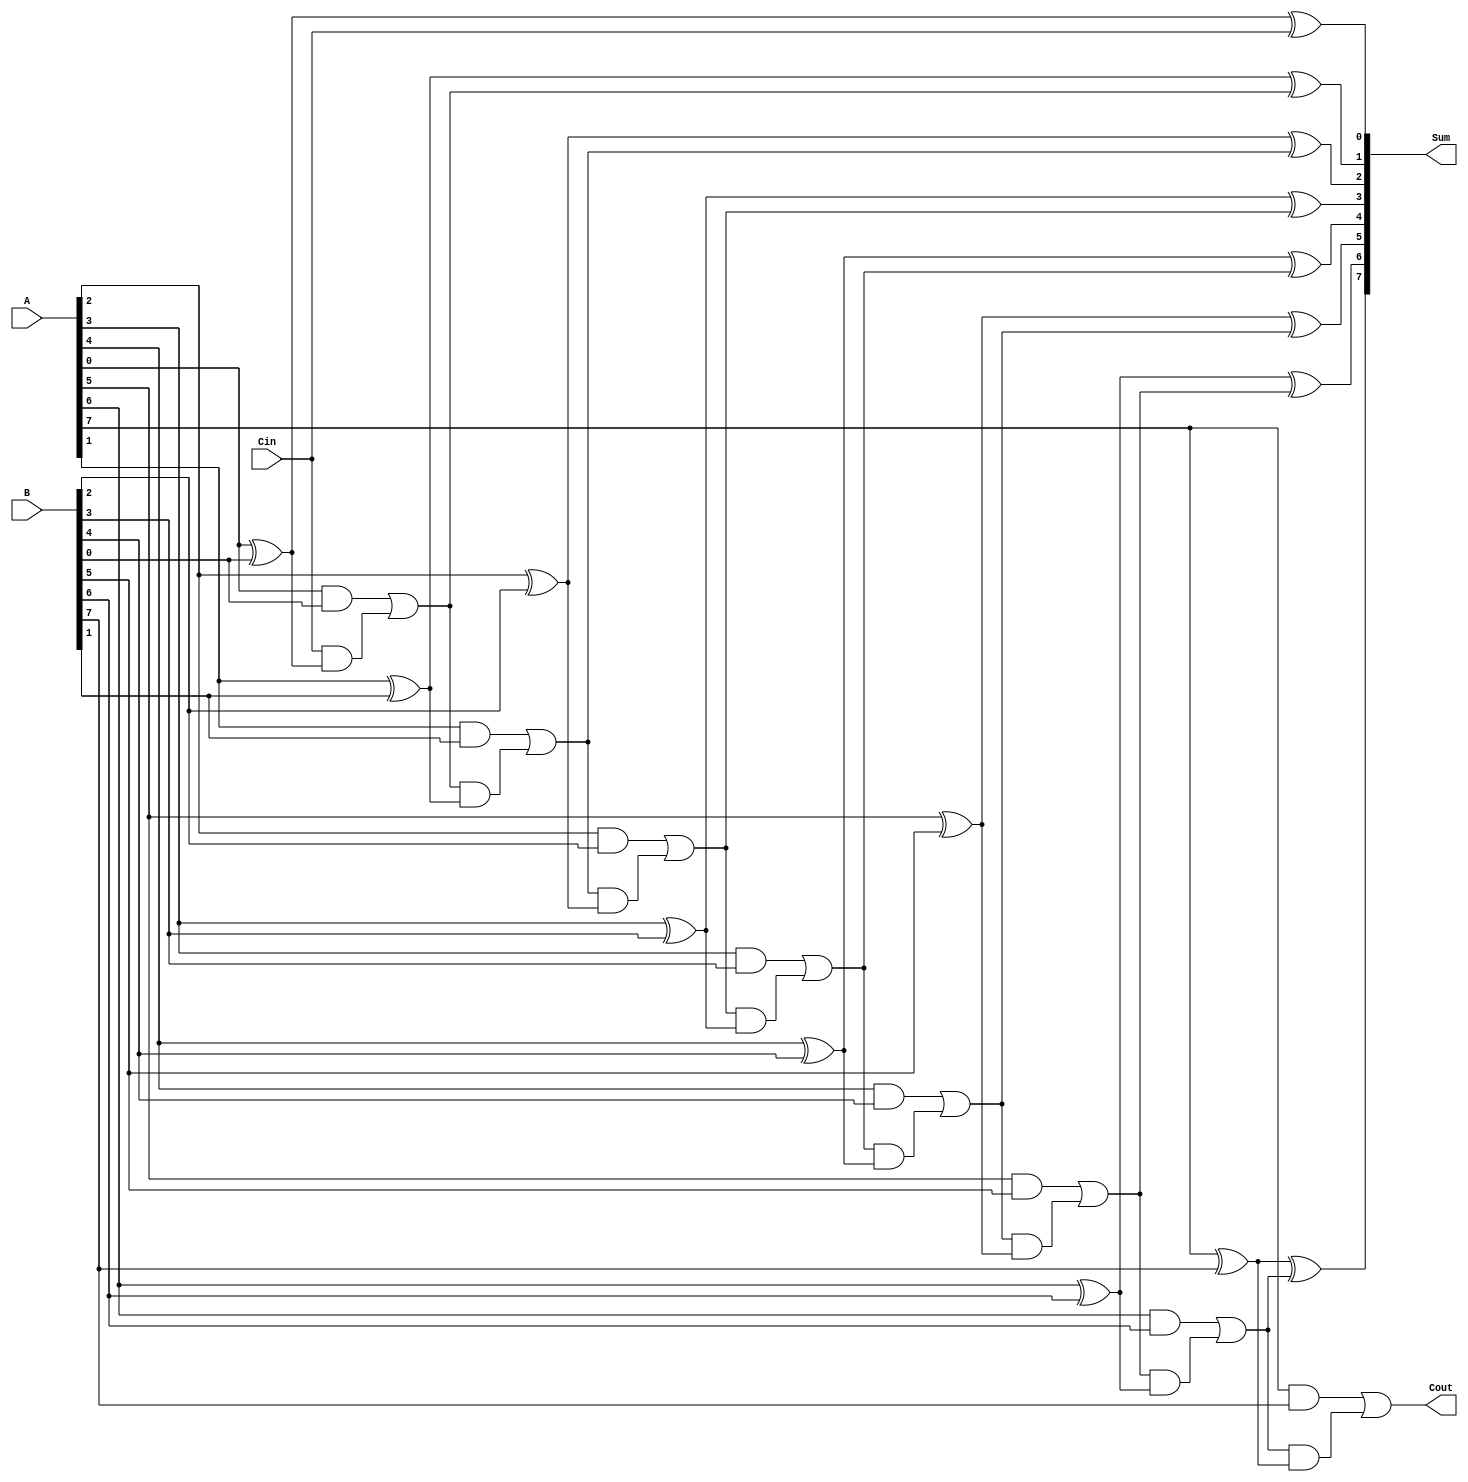
module ParallelFullAdder #(parameter N = 8) (
    input  wire [N-1:0] A,      // First operand
    input  wire [N-1:0] B,      // Second operand
    input  wire Cin,             // Carry input
    output wire [N-1:0] Sum,     // Sum output
    output wire Cout             // Carry output
);

    // Internal wire to hold carry outputs for each bit
    wire [N:0] carry; // carry[0] is Cin, carry[N] is Cout

    // Assign initial carry input
    assign carry[0] = Cin;

    // Generate full adder for each bit
    genvar i;
    generate
        for (i = 0; i < N; i = i + 1) begin : full_adder
            assign Sum[i] = A[i] ^ B[i] ^ carry[i]; // Sum calculation
            assign carry[i + 1] = (A[i] & B[i]) | (carry[i] & (A[i] ^ B[i])); // Carry calculation
        end
    endgenerate

    // Final carry output
    assign Cout = carry[N];

endmodule